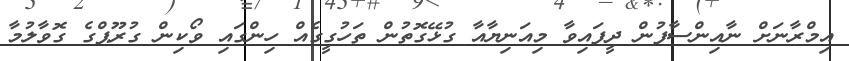
އިމްރާނަށް ނާއިންސާފުން ދީފައިވާ މިއަނިޔާއާ ގުޅޭގޮތުން ތަހުގީގެއް ހިންގައި ވޯކިން ގުރޫޕްގެ ގޮވާލުމާ